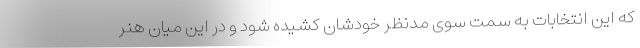
که این انتخابات به سمت سوی مدنظر خودشان کشیده شود و در این میان هنر